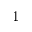
1